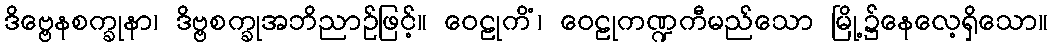
ဒိဗ္ဗေနစက္ခုနာ၊ ဒိဗ္ဗစက္ခုအဘိညာဉ်ဖြင့်။ ဝေဠုကိံ၊ ဝေဠုကဏ္ဍကီမည်သော မြို့၌နေလေ့ရှိသော။